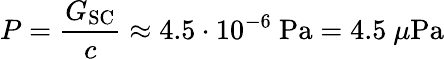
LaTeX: P={\frac{G_{\mathrm{SC}}}{c}}\approx 4.5\cdot 10^{-6}~\mathrm{{Pa}}=4.5~\mu\mathrm{{Pa}}